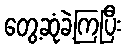
တွေ့ဆုံခဲ့ကြပြီး